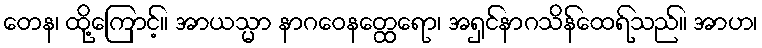
တေန၊ ထို့ကြောင့်။ အာယသ္မာ နာဂဝေနတ္ထေရော၊ အရှင်နာဂသိန်ထေရ်သည်။ အာဟ၊